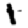
Digit: 1